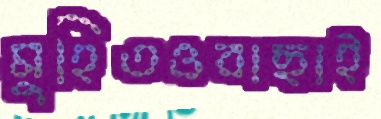
মুহিতওবাছাই